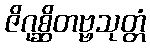
ဇိဂုစ္ဆိတဗ္ဗသုတ္တံ